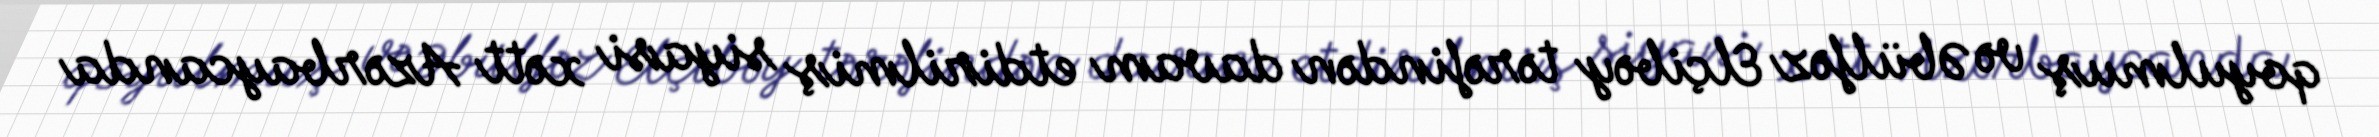
qoyulmuş və Əbülfəz Elçibəy tərəfindən davam etdirilmiş siyasi xətt Azərbaycanda